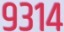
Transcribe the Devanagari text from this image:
९३१४